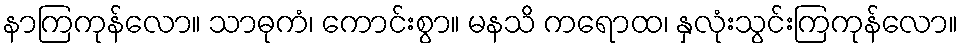
နာကြကုန်လော။ သာဓုကံ၊ ကောင်းစွာ။ မနသိ ကရောထ၊ နှလုံးသွင်းကြကုန်လော။